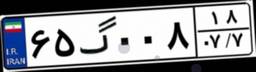
۶۵گ۰۰۸۱۸